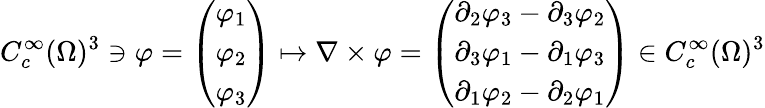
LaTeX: C_{c}^{\infty}(\Omega)^{3}\ni\varphi=\left(\begin{array}{l}{\varphi_{1}}\\ {\varphi_{2}}\\ {\varphi_{3}}\end{array}\right)\mapsto\nabla\times\varphi=\left(\begin{array}{l}{\partial_{2}\varphi_{3}-\partial_{3}\varphi_{2}}\\ {\partial_{3}\varphi_{1}-\partial_{1}\varphi_{3}}\\ {\partial_{1}\varphi_{2}-\partial_{2}\varphi_{1}}\end{array}\right)\in C_{c}^{\infty}(\Omega)^{3}